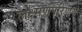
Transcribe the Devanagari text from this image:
लक्ष्मणपरिणय